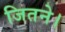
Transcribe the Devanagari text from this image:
जितने।